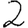
Digit: 2